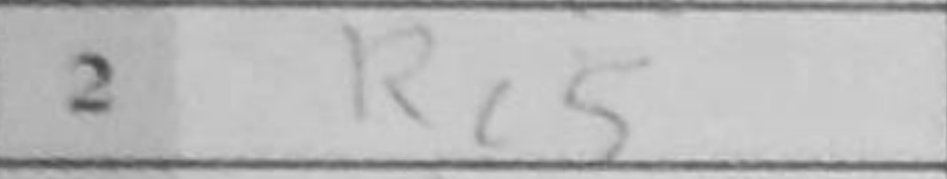
Transcription: Rc5